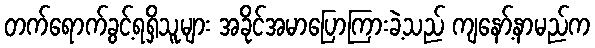
တက်ရောက်ခွင့်ရရှိသူများ အခိုင်အမာပြောကြားခဲ့သည် ကျနော့်နာမည်က